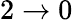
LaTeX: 2\rightarrow 0